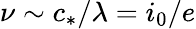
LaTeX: \nu\sim c_{*}/\lambda=i_{0}/e